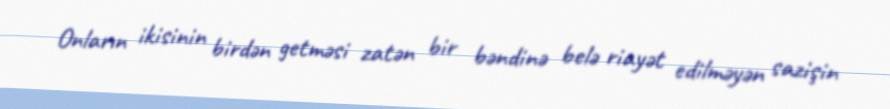
Onların ikisinin birdən getməsi zatən bir bəndinə belə riayət edilməyən sazişin